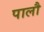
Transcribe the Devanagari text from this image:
पालौ